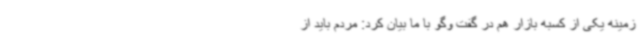
زمینه یکی از کسبه بازار هم در گفت وگو با ما بیان کرد: مردم باید از